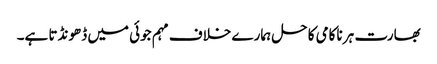
بھارت ہر ناکامی کا حل ہمارے خلاف مہم جوئی میں ڈھونڈتا ہے۔